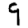
Digit: 9